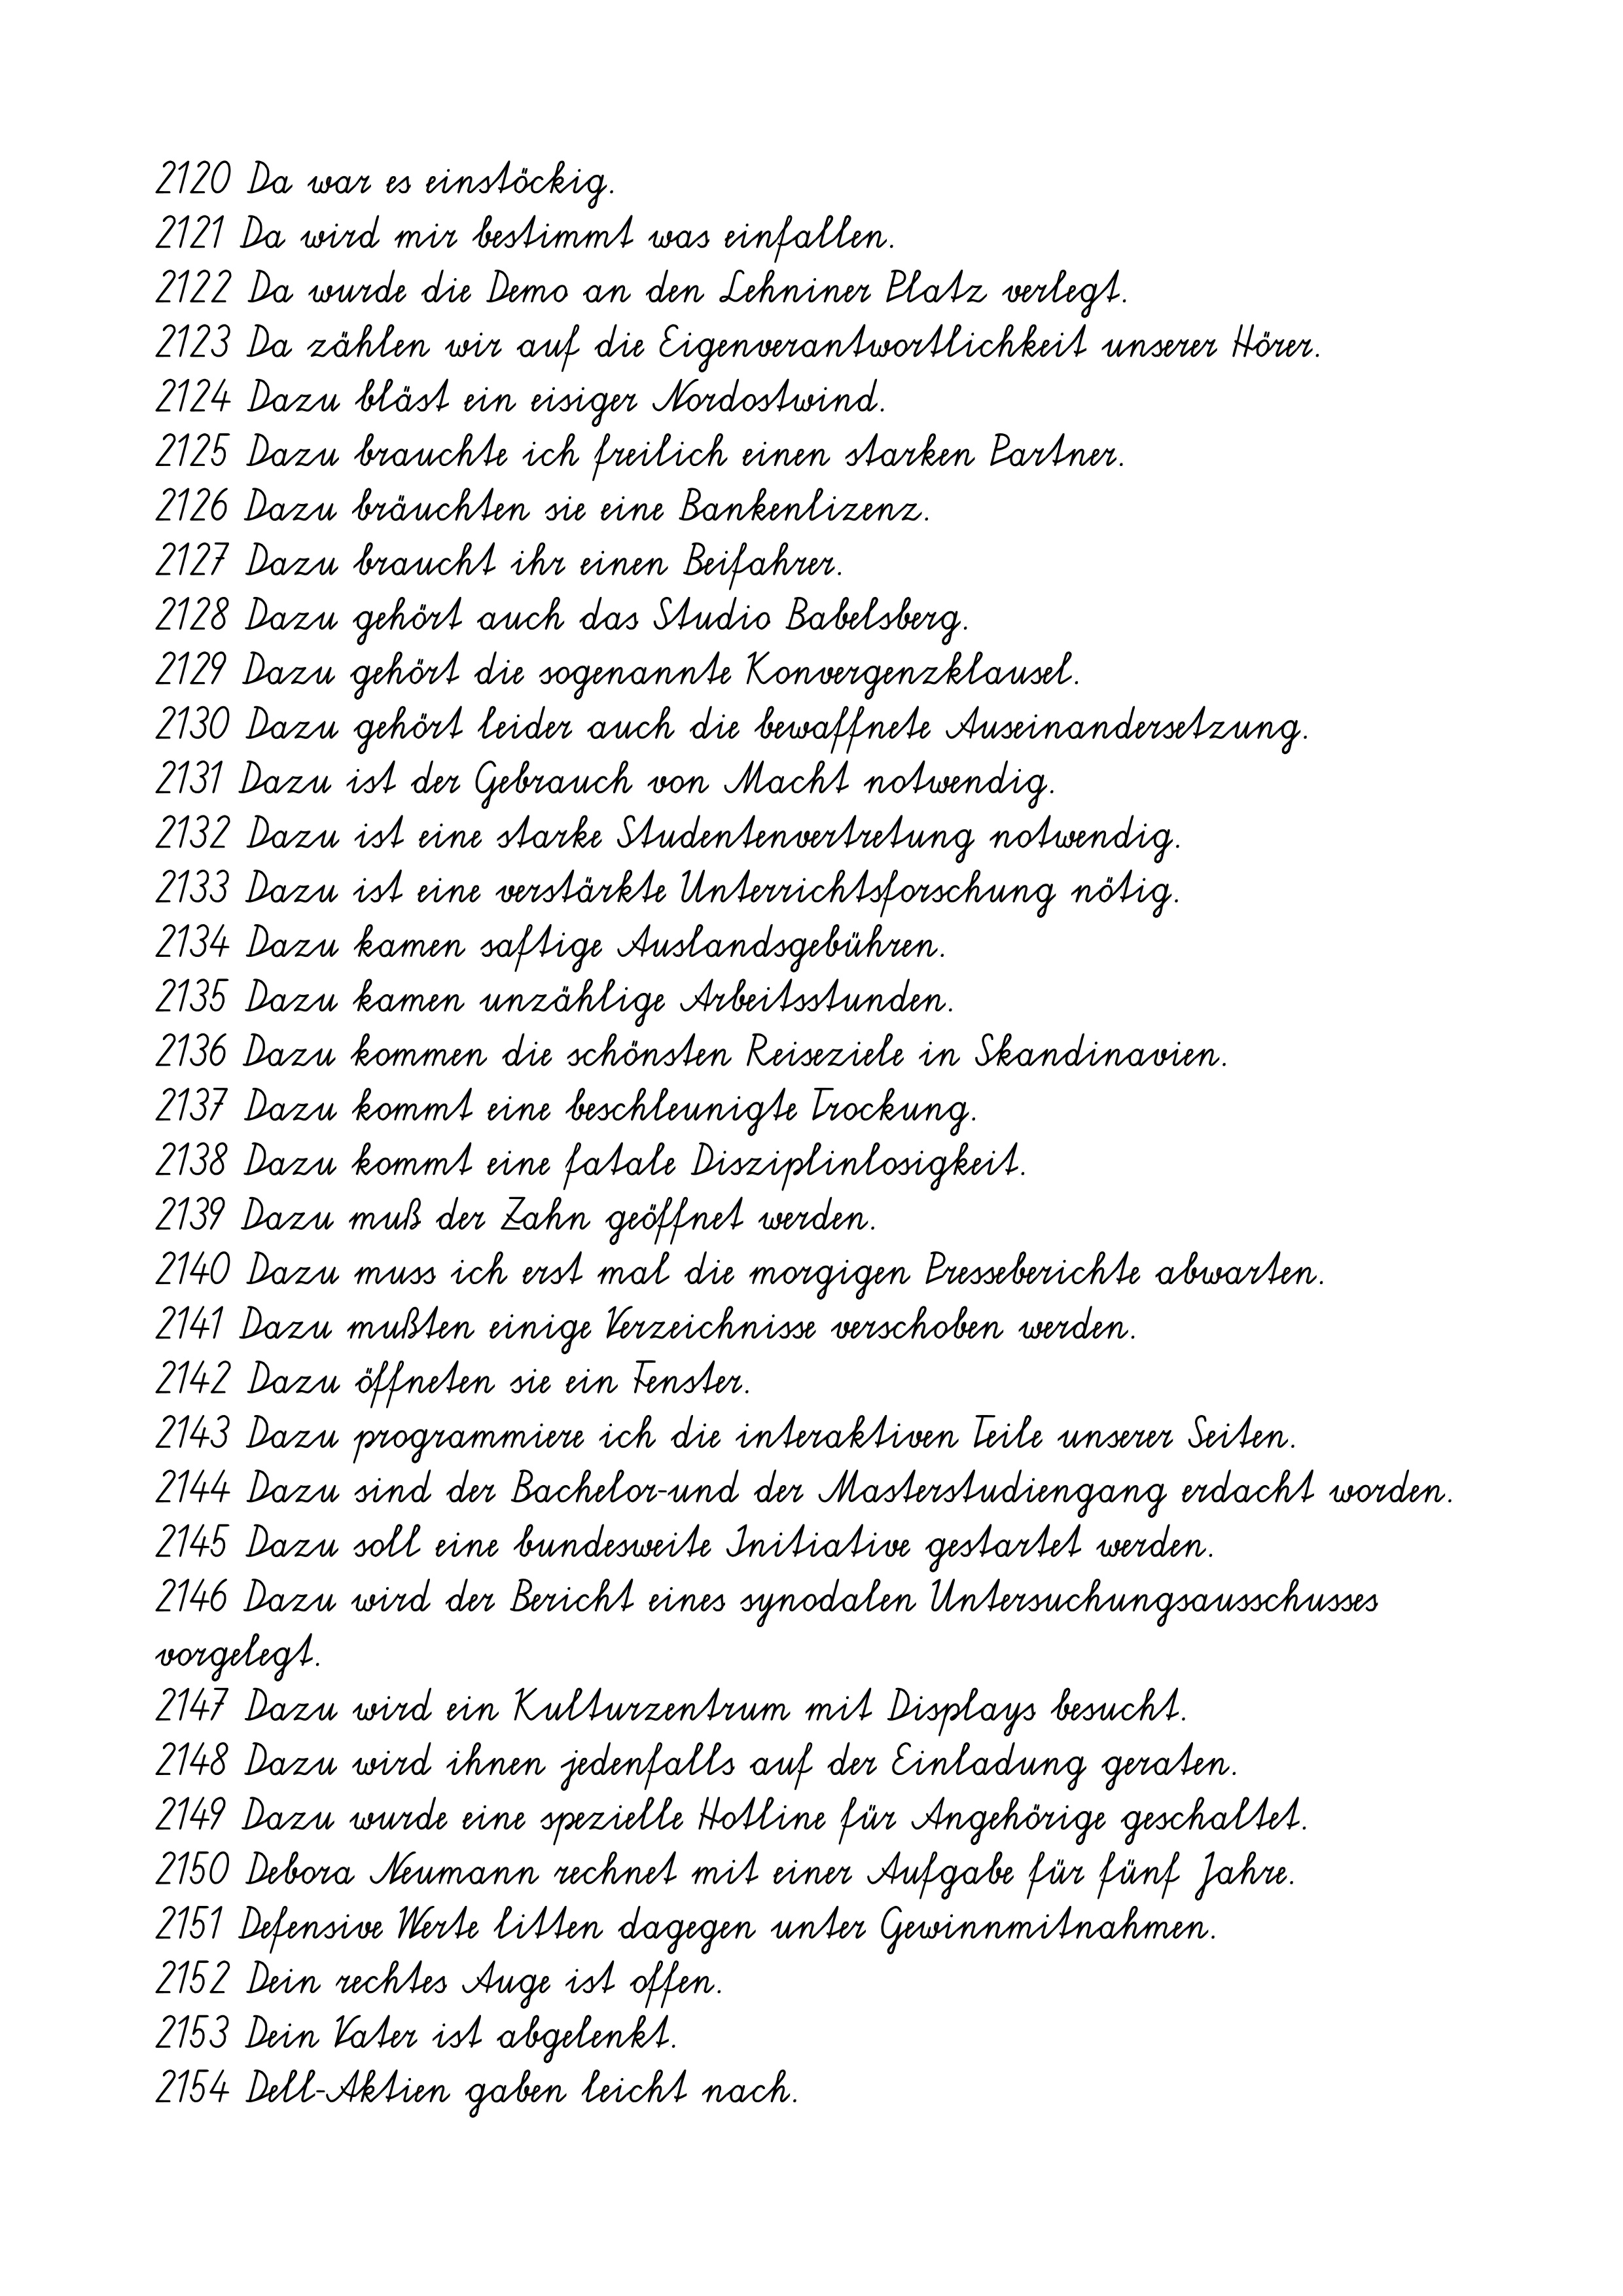
2120 Da war es einstöckig.
2121 Da wird mir bestimmt was einfallen.
2122 Da wurde die Demo an den Lehniner Platz verlegt.
2123 Da zählen wir auf die Eigenverantwortlichkeit unserer Hörer.
2124 Dazu bläst ein eisiger Nordostwind.
2125 Dazu brauchte ich freilich einen starken Partner.
2126 Dazu bräuchten sie eine Bankenlizenz.
2127 Dazu braucht ihr einen Beifahrer.
2128 Dazu gehört auch das Studio Babelsberg.
2129 Dazu gehört die sogenannte Konvergenzklausel.
2130 Dazu gehört leider auch die bewaffnete Auseinandersetzung.
2131 Dazu ist der Gebrauch von Macht notwendig.
2132 Dazu ist eine starke Studentenvertretung notwendig.
2133 Dazu ist eine verstärkte Unterrichtsforschung nötig.
2134 Dazu kamen saftige Auslandsgebühren.
2135 Dazu kamen unzählige Arbeitsstunden.
2136 Dazu kommen die schönsten Reiseziele in Skandinavien.
2137 Dazu kommt eine beschleunigte Trockung.
2138 Dazu kommt eine fatale Disziplinlosigkeit.
2139 Dazu muß der Zahn geöffnet werden.
2140 Dazu muss ich erst mal die morgigen Presseberichte abwarten.
2141 Dazu mußten einige Verzeichnisse verschoben werden.
2142 Dazu öffneten sie ein Fenster.
2143 Dazu programmiere ich die interaktiven Teile unserer Seiten.
2144 Dazu sind der Bachelor-und der Masterstudiengang erdacht worden.
2145 Dazu soll eine bundesweite Initiative gestartet werden.
2146 Dazu wird der Bericht eines synodalen Untersuchungsausschusses
vorgelegt.
2147 Dazu wird ein Kulturzentrum mit Displays besucht.
2148 Dazu wird ihnen jedenfalls auf der Einladung geraten.
2149 Dazu wurde eine spezielle Hotline für Angehörige geschaltet.
2150 Debora Neumann rechnet mit einer Aufgabe für fünf Jahre.
2151 Defensive Werte litten dagegen unter Gewinnmitnahmen.
2152 Dein rechtes Auge ist offen.
2153 Dein Vater ist abgelenkt.
2154 Dell-Aktien gaben leicht nach.